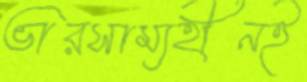
ভারসাম্যহীনই